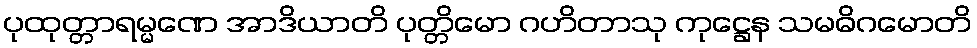
ပုထုတ္တာရမ္မဏေ အာဒိယာတိ ပုတ္တိမော ဂဟိတာသု ကုဋ္ဌေန သမဓိဂမောတိ